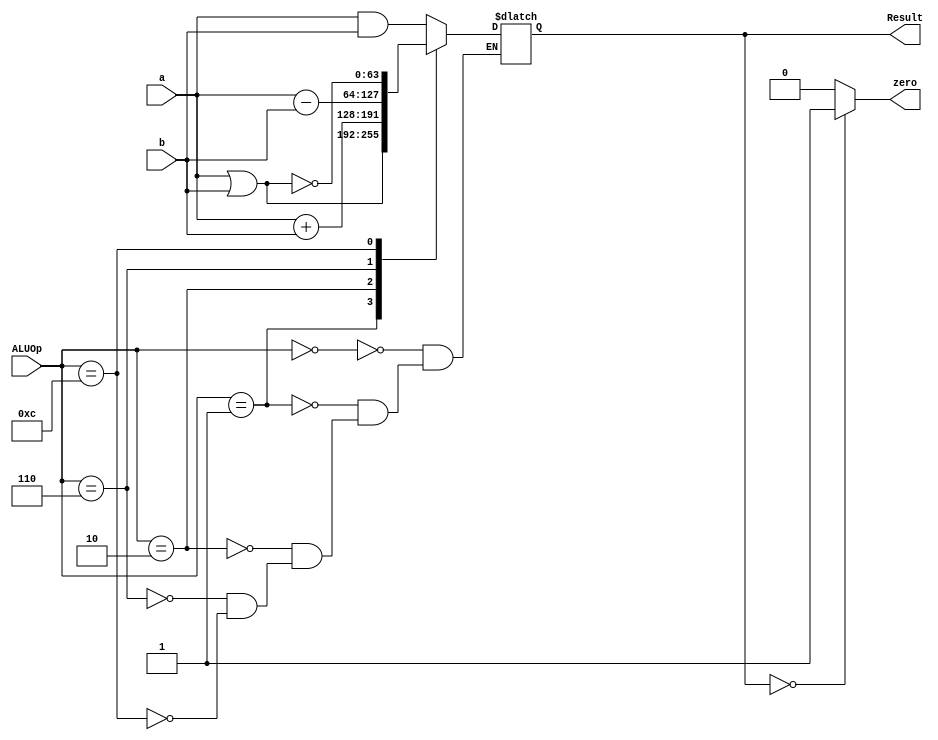
module ALU_64_bit
(
	input [63:0] a,b,
	input [3:0] ALUOp,
	output reg [63:0] Result,
	output reg zero
);

always @ (ALUOp or a or b)
		begin
			case (ALUOp[3:0])
				//And
				4'b0000: Result <= a & b;
				//Or
				4'b0001: Result <= a | b;
				//Add
				4'b0010: Result <= a + b;
				//Sub
				4'b0110: Result <= a - b;
				//Nor
				4'b1100: Result <= ~(a | b);
			endcase
			
			if (Result == 0)
				zero = 1;
			else
				zero = 0;
		end
endmodule